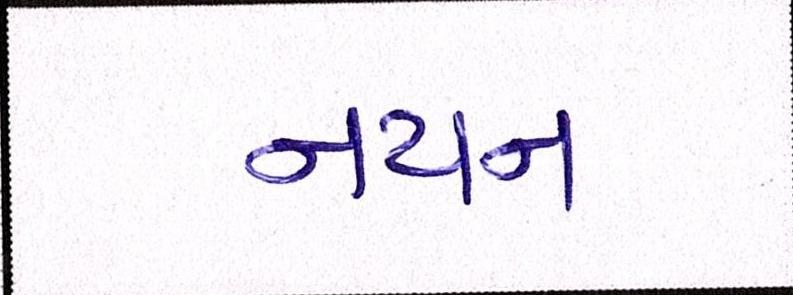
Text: નયન